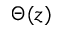
\Theta ( z )